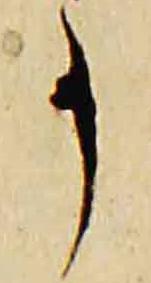
事